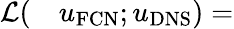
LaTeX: \begin{array}{rl}{\mathcal{L}(}&{{}u_{\mathrm{FCN}};u_{\mathrm{DNS}})=}\end{array}